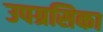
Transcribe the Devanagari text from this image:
उपग्रसिका